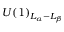
U ( 1 ) _ { L _ { \alpha } - L _ { \beta } }